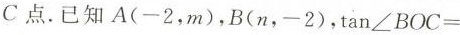
C点已知A(-2，m)，B(n，-2)，$$ \tan ∠ B O C=